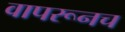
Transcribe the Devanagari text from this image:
वापरूनच